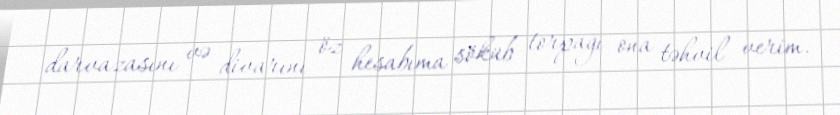
darvazasını və divarını öz hesabıma söküb torpağı ona təhvil verim.